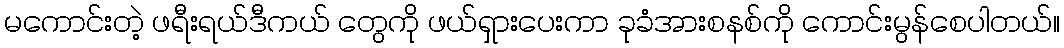
မကောင်းတဲ့ ဖရီးရယ်ဒီကယ် တွေကို ဖယ်ရှားပေးကာ ခုခံအားစနစ်ကို ကောင်းမွန်စေပါတယ်။